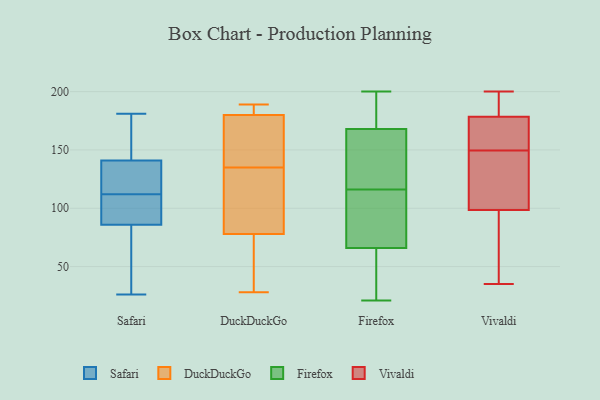
{"axis": {"x": "Population (Million)", "y": "Value"}, "legend": ["DuckDuckGo", "Firefox", "Safari", "Vivaldi"], "data": [{"x": "", "y": 170, "type": "Safari"}, {"x": "", "y": 110, "type": "Safari"}, {"x": "", "y": 140, "type": "Safari"}, {"x": "", "y": 27, "type": "Safari"}, {"x": "", "y": 99, "type": "Safari"}, {"x": "", "y": 144, "type": "Safari"}, {"x": "", "y": 26, "type": "Safari"}, {"x": "", "y": 181, "type": "Safari"}, {"x": "", "y": 103, "type": "Safari"}, {"x": "", "y": 112, "type": "Safari"}, {"x": "", "y": 108, "type": "Safari"}, {"x": "", "y": 138, "type": "Safari"}, {"x": "", "y": 46, "type": "Safari"}, {"x": "", "y": 123, "type": "Safari"}, {"x": "", "y": 179, "type": "Safari"}, {"x": "", "y": 39, "type": "Safari"}, {"x": "", "y": 115, "type": "Safari"}, {"x": "", "y": 73, "type": "DuckDuckGo"}, {"x": "", "y": 119, "type": "DuckDuckGo"}, {"x": "", "y": 189, "type": "DuckDuckGo"}, {"x": "", "y": 180, "type": "DuckDuckGo"}, {"x": "", "y": 153, "type": "DuckDuckGo"}, {"x": "", "y": 28, "type": "DuckDuckGo"}, {"x": "", "y": 185, "type": "DuckDuckGo"}, {"x": "", "y": 151, "type": "DuckDuckGo"}, {"x": "", "y": 104, "type": "DuckDuckGo"}, {"x": "", "y": 78, "type": "DuckDuckGo"}, {"x": "", "y": 200, "type": "Firefox"}, {"x": "", "y": 172, "type": "Firefox"}, {"x": "", "y": 117, "type": "Firefox"}, {"x": "", "y": 71, "type": "Firefox"}, {"x": "", "y": 181, "type": "Firefox"}, {"x": "", "y": 113, "type": "Firefox"}, {"x": "", "y": 65, "type": "Firefox"}, {"x": "", "y": 105, "type": "Firefox"}, {"x": "", "y": 50, "type": "Firefox"}, {"x": "", "y": 116, "type": "Firefox"}, {"x": "", "y": 27, "type": "Firefox"}, {"x": "", "y": 156, "type": "Firefox"}, {"x": "", "y": 150, "type": "Firefox"}, {"x": "", "y": 144, "type": "Firefox"}, {"x": "", "y": 21, "type": "Firefox"}, {"x": "", "y": 24, "type": "Firefox"}, {"x": "", "y": 69, "type": "Firefox"}, {"x": "", "y": 200, "type": "Firefox"}, {"x": "", "y": 182, "type": "Firefox"}, {"x": "", "y": 35, "type": "Vivaldi"}, {"x": "", "y": 153, "type": "Vivaldi"}, {"x": "", "y": 183, "type": "Vivaldi"}, {"x": "", "y": 41, "type": "Vivaldi"}, {"x": "", "y": 73, "type": "Vivaldi"}, {"x": "", "y": 169, "type": "Vivaldi"}, {"x": "", "y": 146, "type": "Vivaldi"}, {"x": "", "y": 196, "type": "Vivaldi"}, {"x": "", "y": 166, "type": "Vivaldi"}, {"x": "", "y": 141, "type": "Vivaldi"}, {"x": "", "y": 200, "type": "Vivaldi"}, {"x": "", "y": 184, "type": "Vivaldi"}, {"x": "", "y": 131, "type": "Vivaldi"}, {"x": "", "y": 174, "type": "Vivaldi"}, {"x": "", "y": 77, "type": "Vivaldi"}, {"x": "", "y": 133, "type": "Vivaldi"}, {"x": "", "y": 191, "type": "Vivaldi"}, {"x": "", "y": 120, "type": "Vivaldi"}, {"x": "", "y": 160, "type": "Vivaldi"}, {"x": "", "y": 63, "type": "Vivaldi"}]}